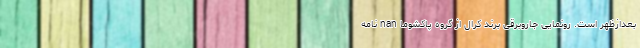
بعدازظهر است. رونمایی جاروبرقی برند کرال از گروه پاکشوما nan نامه